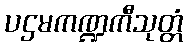
ပဌမကဏ္ဍကီသုတ္တံ